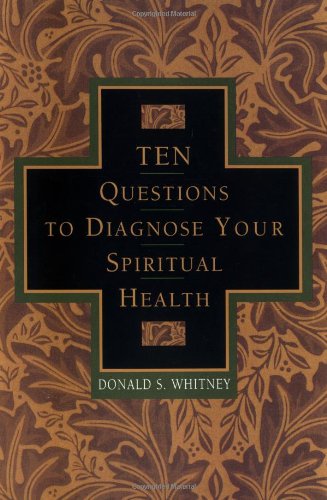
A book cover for Ten Questions to Diagnose Your Spiritual Health; Donald S. Whitney; Religion & Spirituality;